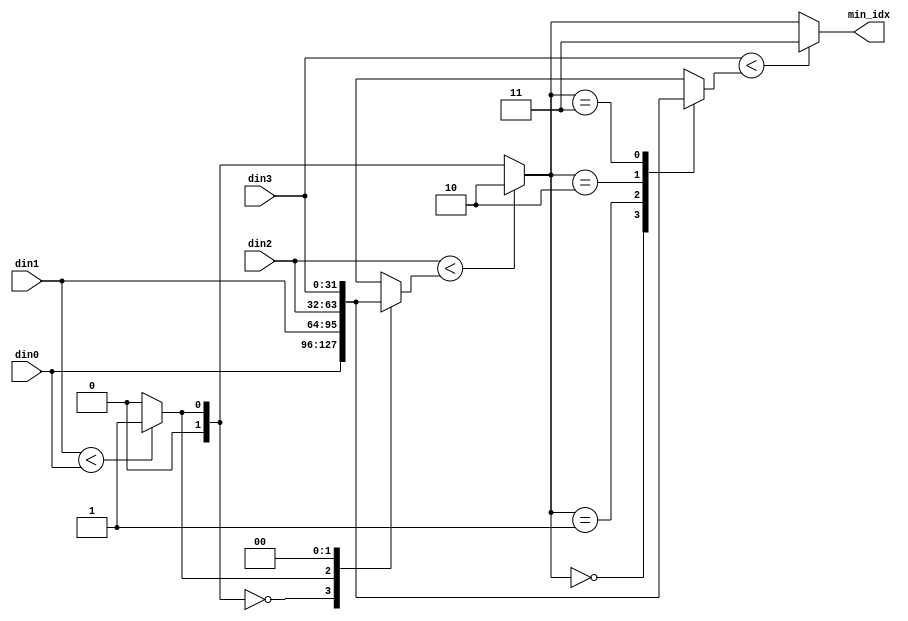
`timescale 1ns / 1ps

module find_min(
    input [31:0] din0,
    input [31:0] din1,
    input [31:0] din2,
    input [31:0] din3,
    output reg[1:0] min_idx
    );
reg[31:0] din [0:3];

always @ (*) begin
    din[0] = din0;
    din[1] = din1;
    din[2] = din2;
    din[3] = din3;
    min_idx = 0;
    if (din1 < din[min_idx])
        min_idx = 1;
    if (din2 < din[min_idx])
        min_idx = 2;
    if (din3 < din[min_idx])
        min_idx = 3;
end

endmodule